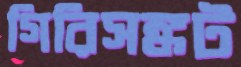
গিরিসঙ্কট